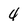
Character: 4